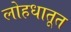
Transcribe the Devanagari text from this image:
लोहधातूत